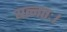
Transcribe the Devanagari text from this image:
यत्नतः।